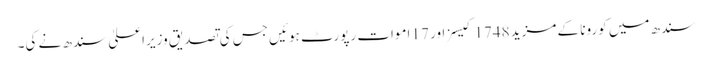
سندھ میں کورونا کے مزید 1748 کیسز اور 17 اموات رپورٹ ہوئیں جس کی تصدیق وزیراعلیٰ سندھ نے کی۔